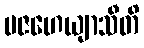
ပဇဟေယျာသီတိ